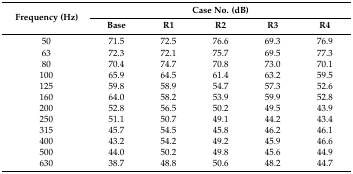
<table><thead><tr><td rowspan="2"><b>Frequency (Hz)</b></td><td colspan="5"><b>Case No. (dB)</b></td></tr><tr><td><b>Base</b></td><td><b>R1</b></td><td><b>R2</b></td><td><b>R3</b></td><td><b>R4</b></td></tr></thead><tbody><tr><td>50</td><td>71.5</td><td>72.5</td><td>76.6</td><td>69.3</td><td>76.9</td></tr><tr><td>63</td><td>72.3</td><td>72.1</td><td>75.7</td><td>69.5</td><td>77.3</td></tr><tr><td>80</td><td>70.4</td><td>74.7</td><td>70.8</td><td>73.0</td><td>70.1</td></tr><tr><td>100</td><td>65.9</td><td>64.5</td><td>61.4</td><td>63.2</td><td>59.5</td></tr><tr><td>125</td><td>59.8</td><td>58.9</td><td>54.7</td><td>57.3</td><td>52.6</td></tr><tr><td>160</td><td>64.0</td><td>58.2</td><td>53.9</td><td>59.9</td><td>52.8</td></tr><tr><td>200</td><td>52.8</td><td>56.5</td><td>50.2</td><td>49.5</td><td>43.9</td></tr><tr><td>250</td><td>51.1</td><td>50.7</td><td>49.1</td><td>44.2</td><td>43.4</td></tr><tr><td>315</td><td>45.7</td><td>54.5</td><td>45.8</td><td>46.2</td><td>46.1</td></tr><tr><td>400</td><td>43.2</td><td>54.2</td><td>49.2</td><td>45.9</td><td>46.6</td></tr><tr><td>500</td><td>44.0</td><td>50.2</td><td>49.8</td><td>45.6</td><td>44.9</td></tr><tr><td>630</td><td>38.7</td><td>48.8</td><td>50.6</td><td>48.2</td><td>44.7</td></tr></tbody></table>